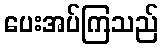
ပေးအပ်ကြသည်